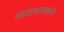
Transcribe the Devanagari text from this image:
लागवणकर